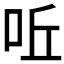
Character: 𠰋